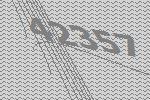
42357